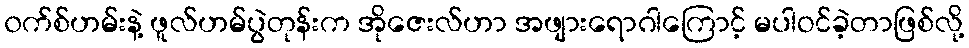
၀က်စ်ဟမ်းနဲ့ ဖူလ်ဟမ်ပွဲတုန်းက အိုဇေးလ်ဟာ အဖျားရောဂါကြောင့် မပါဝင်ခဲ့တာဖြစ်လို့